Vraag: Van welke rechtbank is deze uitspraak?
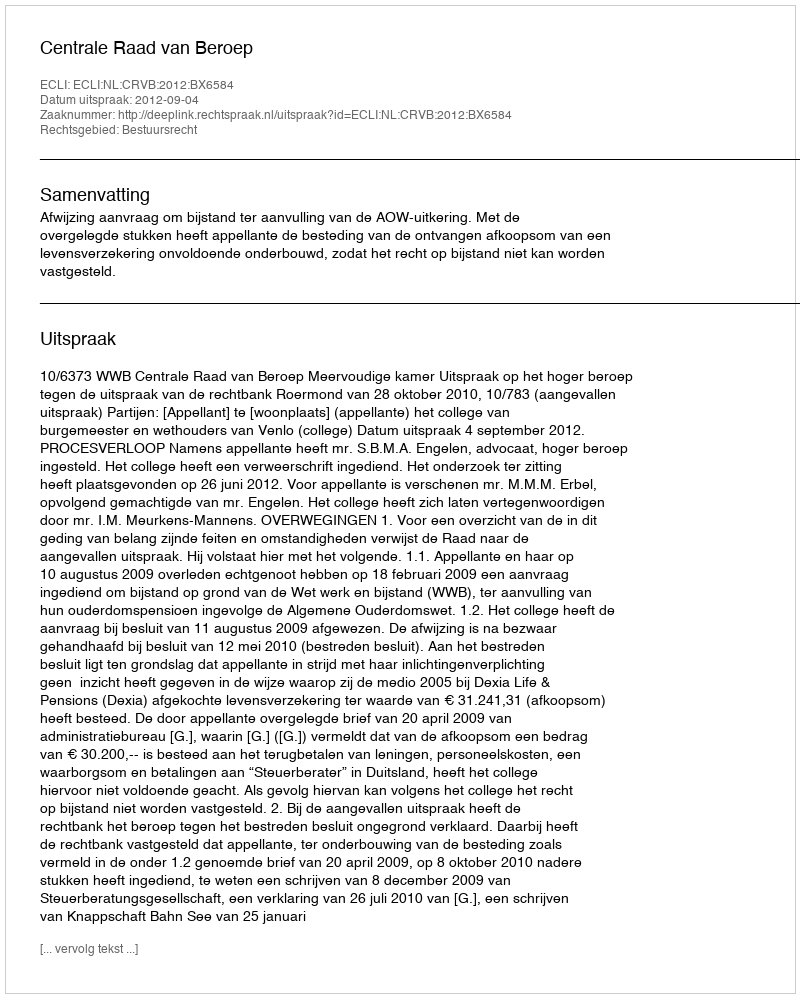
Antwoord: Centrale Raad van Beroep